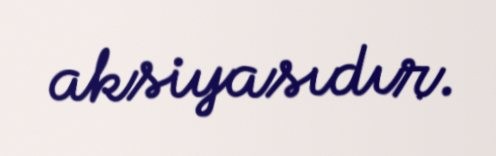
aksiyasıdır.